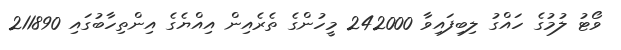
ވޯޓު ލުމުގެ ހައްގު ލިބިފައިވާ 242000 މީހުންގެ ތެރެއިން އިއްޔެގެ އިންތިހާބުގައި 211890